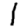
Digit: 1